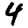
Digit: 4